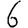
Digit: 6